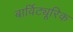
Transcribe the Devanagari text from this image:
बार्विट्यूरिक